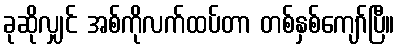
ခုဆိုလျှင် အစ်ကိုလက်ထပ်တာ တစ်နှစ်ကျော်ပြီ။